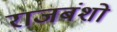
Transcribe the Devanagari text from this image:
राजबंशो